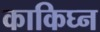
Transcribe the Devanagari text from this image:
काकिघ्न